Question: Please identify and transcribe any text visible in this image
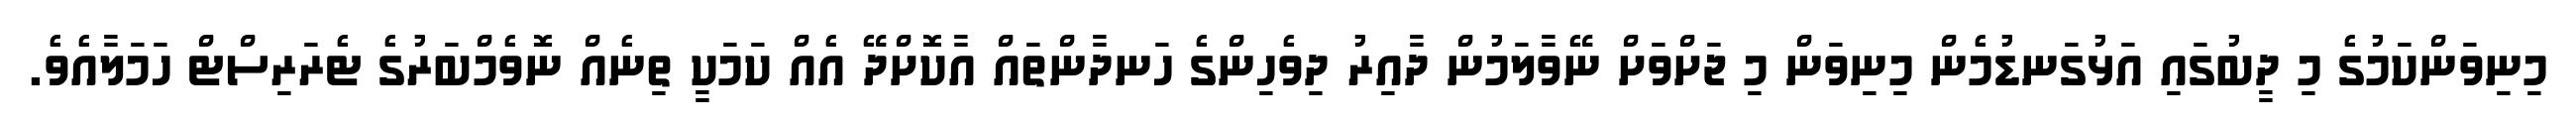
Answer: މިނިވަންކަމުގެ މި ދީބުގައި އަޅުގަނޑުމެން މިނިވަން މި ޖަށްވަށް ނޭވާލަމުން ދާއިރު ދިވެހިންގެ ހަނދާންތައް އާކޮށްދޭ އެއް ކަމަކީ ތިނެއް ނޮވެމްބަރުގެ ޓެރަރިސްޓް ހަމަލާއެވެ.